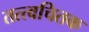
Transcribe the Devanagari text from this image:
तत्त्वचितक